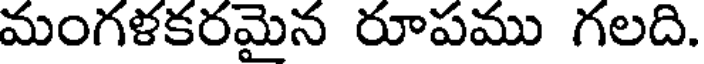
మంగళకరమైన రూపము గలది.